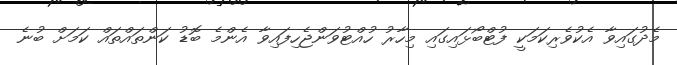
މެދުގައިވާ އެކުވެރިކަމަކީ ފުޓްބޯޅައިގައި މިހާރު ހުއްޓުވަންޖެހިފައިވާ އެންމެ ބޮޑު ކަންތައްތައް ކަމަށް ބުނެ